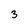
Character: 3